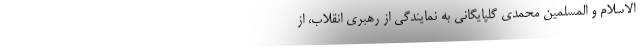
الاسلام و المسلمین محمدی گلپایگانی به نمایندگی از رهبری انقلاب، از